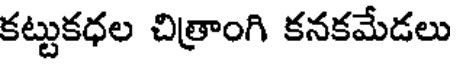
కట్టుకధల చిత్రాంగి కనకమేడలు